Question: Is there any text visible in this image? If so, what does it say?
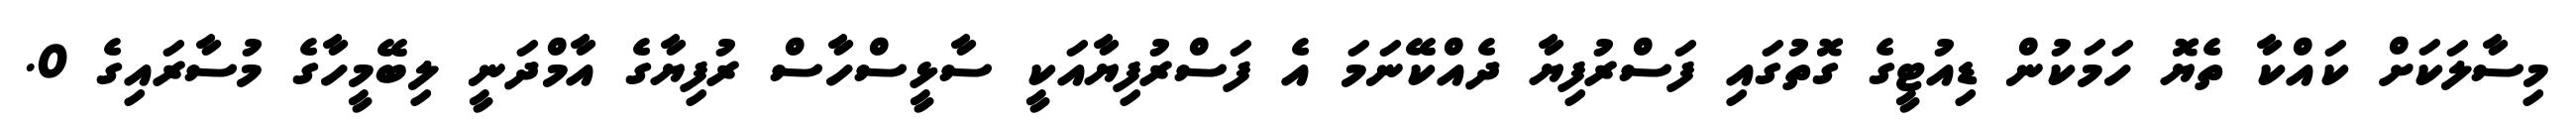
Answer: މިސާލަކަށް ކައްކާ ތެޔޮ ހަމަކުން ޑިއުޓީގެ ގޮތުގައި ފަސްރުފިޔާ ދެއްކޭނަމަ އެ ފަސްރުފިޔާއަކީ ސާޅީސްހާސް ރުފިޔާގެ އާމްދަނީ ލިބޭމީހާގެ މުސާރައިގެ 0.